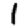
Digit: 1